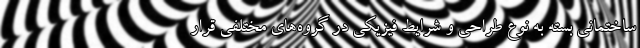
ساختمانی بسته به نوع طراحی و شرایط فیزیکی در گروه‌های مختلفی قرار